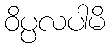
ဝိပ္ပလပါမိ